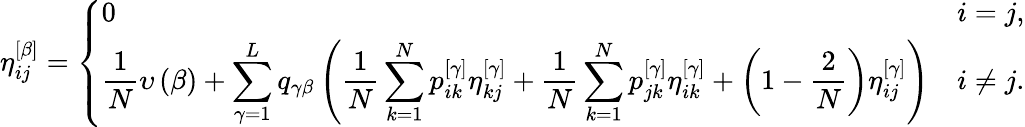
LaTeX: \eta_{ij}^{\left[\beta\right]}=\left\{ \begin{array}{ll}{\displaystyle 0}&{\displaystyle i=j,}\\ {\displaystyle\frac{1}{N}\upsilon\left(\beta\right)+\sum_{\gamma=1}^{L}q_{\gamma\beta}\left(\frac{1}{N}\sum_{k=1}^{N}p_{ik}^{\left[\gamma\right]}\eta_{kj}^{\left[\gamma\right]}+\frac{1}{N}\sum_{k=1}^{N}p_{jk}^{\left[\gamma\right]}\eta_{ik}^{\left[\gamma\right]}+\left(1-\frac{2}{N}\right)\eta_{ij}^{\left[\gamma\right]}\right)}&{\displaystyle i\neq j.}\end{array}\right.